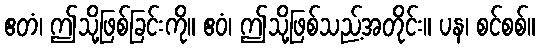
ဧတံ၊ ဤသို့ဖြစ်ခြင်းကို။ ဧဝံ၊ ဤသို့ဖြစ်သည့်အတိုင်း။ ပန၊ စင်စစ်။